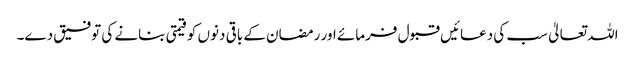
اللہ تعالیٰ سب کی دعائیں قبول فرمائے اور رمضان کے باقی دنوں کو قیمتی بنانے کی توفیق دے۔